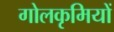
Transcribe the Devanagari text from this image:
गोलकृमियों